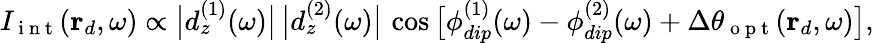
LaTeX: I_{\mathrm{~i~n~t~}}(\mathbf{r}_{d},\omega)\propto\big\lvert d_{z}^{(1)}(\omega)\big\rvert\, \big\lvert d_{z}^{(2)}(\omega)\big\rvert\, \cos\big[\phi_{dip}^{(1)}(\omega)-\phi_{dip}^{(2)}(\omega)+\Delta\theta_{\mathrm{~o~p~t~}}(\mathbf{r}_{d},\omega)\big],